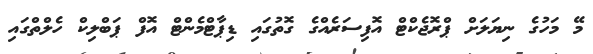
މޭ މަހުގެ ނިޔަލަށް ޕްރޮޖެކްޓް އޮފިސަރެއްގެ ގޮތުގައި ޑިޕާޓްމެންޓް އޮފް ޕަބްލިކް ހެލްތްގައި